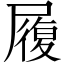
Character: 履